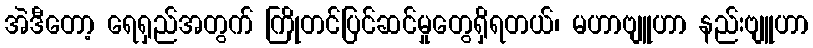
အဲဒီတော့ ရေရှည်အတွက် ကြိုတင်ပြင်ဆင်မှုတွေရှိရတယ်၊ မဟာဗျူဟာ နည်းဗျူဟာ